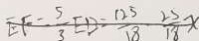
E F = \frac { 5 } { 3 } E B = \frac { 1 2 5 } { 1 8 } - \frac { 2 5 } { 1 8 } x